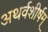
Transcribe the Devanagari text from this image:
अथर्वशीर्षम्